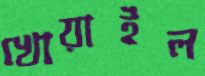
খোয়াইল